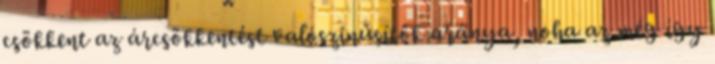
csökkent az árcsökkentést valószínűsítők aránya, noha az még így